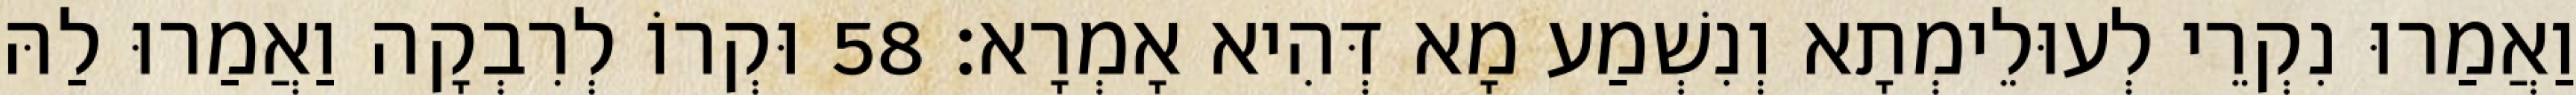
וַאֲמַרוּ נִקְרֵי לְעוּלֵימְתָא וְנִשְׁמַע מָא דְּהִיא אָמְרָא׃ 58 וּקְרוֹ לְרִבְקָה וַאֲמַרוּ לַהּ